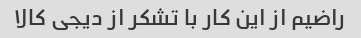
راضیم از این کار با تشکر از دیجی کالا